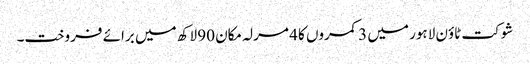
شوکت ٹاؤن لاہور میں 3 کمروں کا 4 مرلہ مکان 90 لاکھ میں برائے فروخت۔